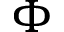
\Phi